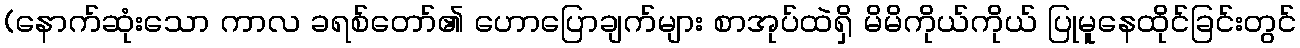
(နောက်ဆုံးသော ကာလ ခရစ်တော်၏ ဟောပြောချက်များ စာအုပ်ထဲရှိ မိမိကိုယ်ကိုယ် ပြုမူနေထိုင်ခြင်းတွင်